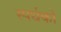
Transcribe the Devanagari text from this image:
स्पर्धको